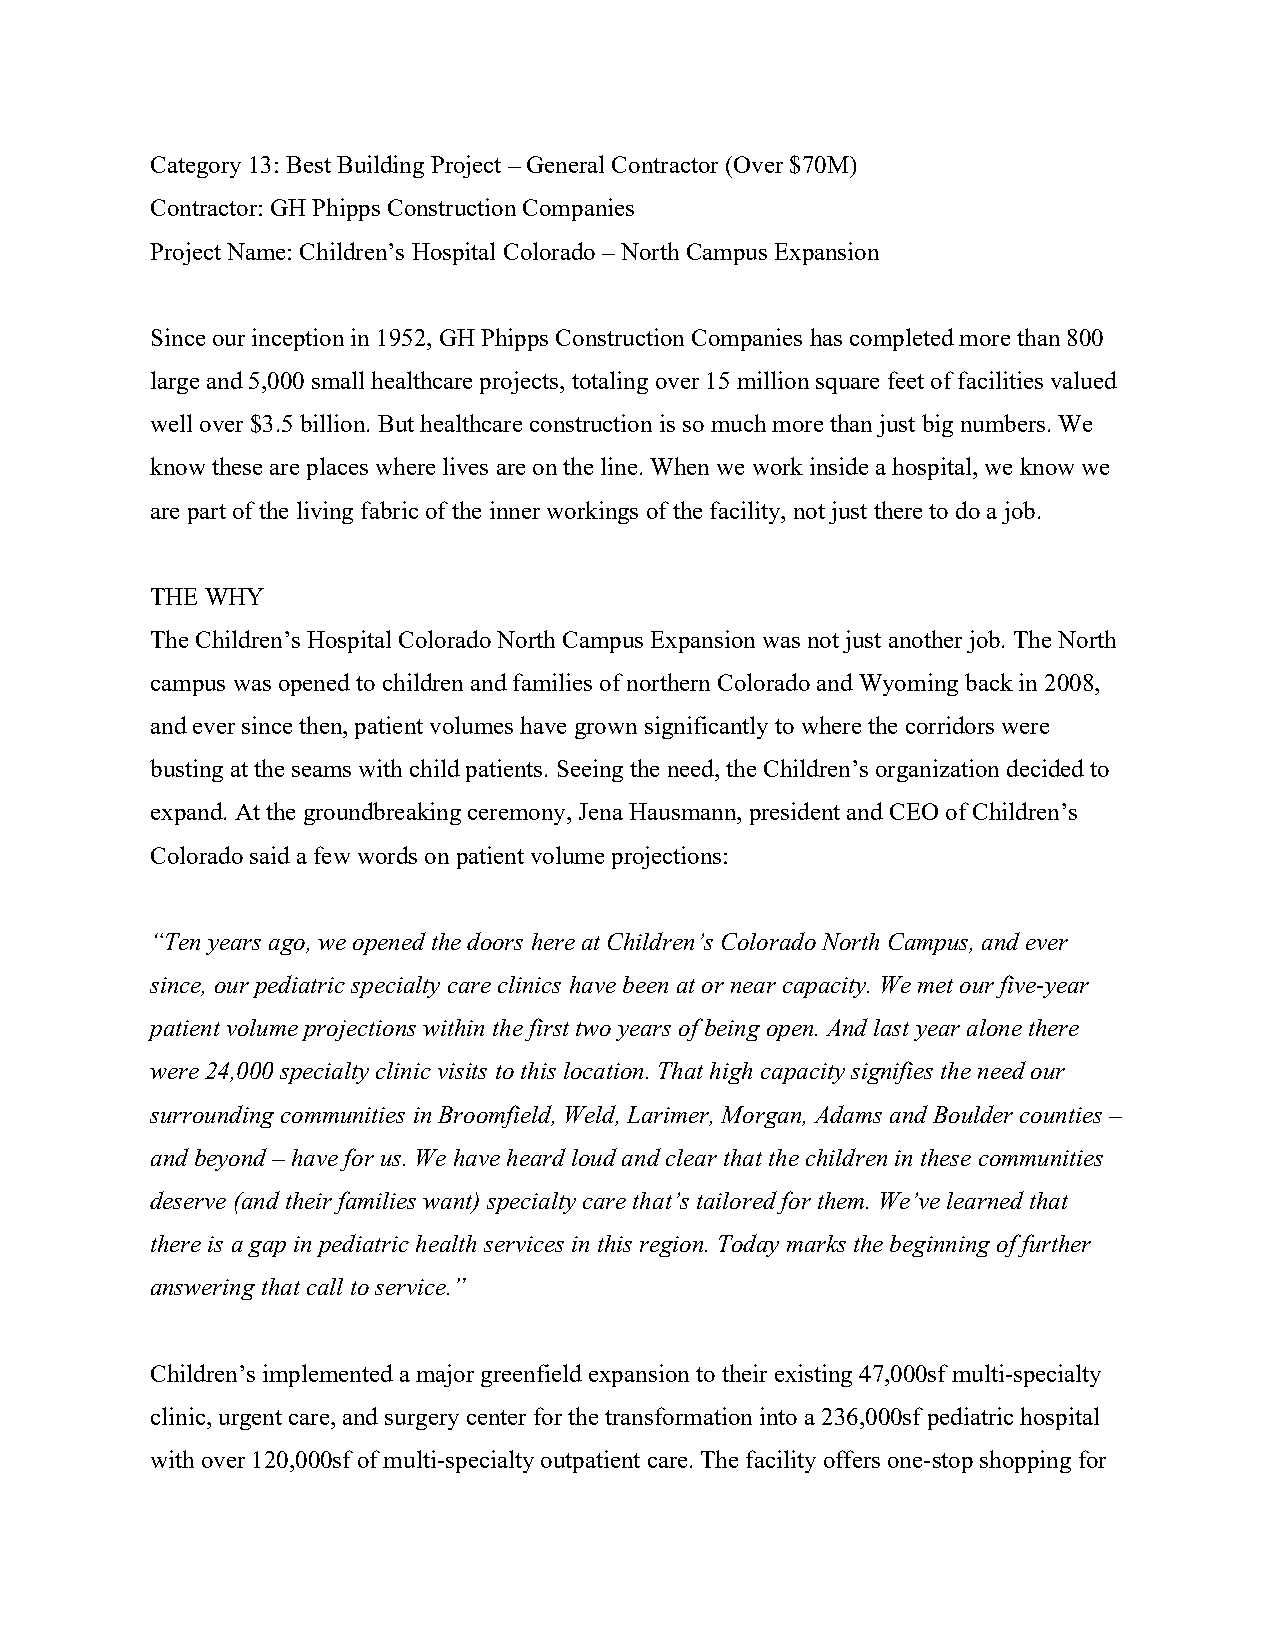
Category 13: Best Building Project – General Contractor (Over $70M)
 Contractor: GH Phipps Construction Companies
 Project Name: Children’s Hospital Colorado – North Campus Expansion
 Since our inception in 1952, GH Phipps Construction Companies has completed more than 800
 large and 5,000 small healthcare projects, totaling over 15 million square feet of facilities valued
 well over $3.5 billion. But healthcare construction is so much more than just big numbers. We
 know these are places where lives are on the line. When we work inside a hospital, we know we
 are part of the living fabric of the inner workings of the facility, not just there to do a job.
 THE WHY
 The Children’s Hospital Colorado North Campus Expansion was not just another job. The North
 campus was opened to children and families of northern Colorado and Wyoming back in 2008,
 and ever since then, patient volumes have grown significantly to where the corridors were
 busting at the seams with child patients. Seeing the need, the Children’s organization decided to
 expand. At the groundbreaking ceremony, Jena Hausmann, president and CEO of Children’s
 Colorado said a few words on patient volume projections:
 “Ten years ago, we opened the doors here at Children’s Colorado North Campus, and ever
 since, our pediatric specialty care clinics have been at or near capacity. We met our five-year
 patient volume projections within the first two years of being open. And last year alone there
 were 24,000 specialty clinic visits to this location. That high capacity signifies the need our
 surrounding communities in Broomfield, Weld, Larimer, Morgan, Adams and Boulder counties –
 and beyond – have for us. We have heard loud and clear that the children in these communities
 deserve (and their families want) specialty care that’s tailored for them. We’ve learned that
 there is a gap in pediatric health services in this region. Today marks the beginning of further
 answering that call to service.”
 Children’s implemented a major greenfield expansion to their existing 47,000sf multi-specialty
 clinic, urgent care, and surgery center for the transformation into a 236,000sf pediatric hospital
 with over 120,000sf of multi-specialty outpatient care. The facility offers one-stop shopping for